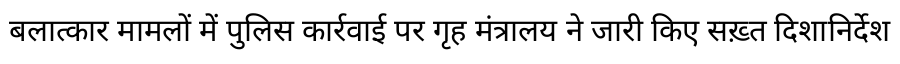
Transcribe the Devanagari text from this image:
बलात्कार मामलों में पुलिस कार्रवाई पर गृह मंत्रालय ने जारी किए सख़्त दिशानिर्देश